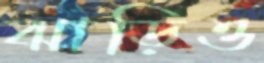
ঝাড়িও